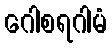
ဂေါစရဂါမံ